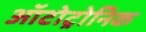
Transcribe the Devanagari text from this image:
ऑटोट्रोनिक